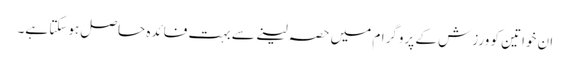
ان خواتین کو ورزش کے پروگرام میں حصہ لینے سے بہت فائدہ حاصل ہوسکتا ہے۔